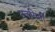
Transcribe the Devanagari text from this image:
उजयिनी